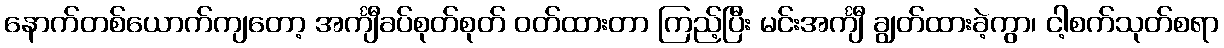
နောက်တစ်ယောက်ကျတော့ အင်္ကျီခပ်စုတ်စုတ် ဝတ်ထားတာ ကြည့်ပြီး မင်းအင်္ကျီ ချွတ်ထားခဲ့ကွာ၊ ငါ့စက်သုတ်စရာ